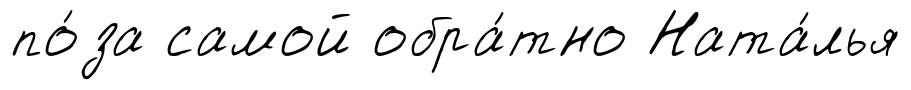
по́за самой обра́тно Ната́лья